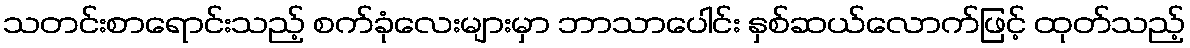
သတင်းစာရောင်းသည့် စက်ခုံလေးများမှာ ဘာသာပေါင်း နှစ်ဆယ်လောက်ဖြင့် ထုတ်သည့်